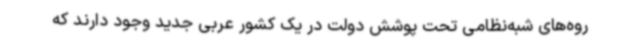
روه‌های شبه‌نظامی تحت پوشش دولت در یک کشور عربی جدید وجود دارند که